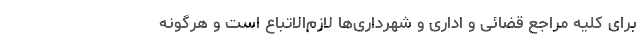
برای کلیه مراجع قضائی و اداری و شهرداری‌ها لازم‌الاتباع است و هرگونه